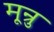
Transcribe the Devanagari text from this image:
मून्रु